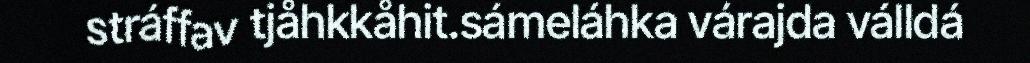
stráffav tjåhkkåhit.sámeláhka várajda válldá